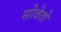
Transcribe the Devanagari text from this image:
सोवेतो